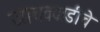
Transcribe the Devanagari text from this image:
जाधववाडीचे